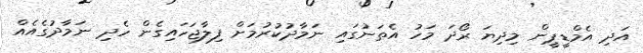
އަދި އެމްޑީޕީން މިދިޔަ ރޯދަ މަހު އެތަނުގައި ނަމާދުކުރުމަށް ފިލާޖަހައިގެން ހެދި ނަމާދުގެއެއް